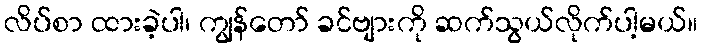
လိပ်စာ ထားခဲ့ပါ၊ ကျွန်တော် ခင်ဗျားကို ဆက်သွယ်လိုက်ပါ့မယ်။